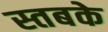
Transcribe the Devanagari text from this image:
स्तबके